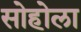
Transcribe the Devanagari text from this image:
सोहोला